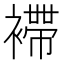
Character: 𧝫